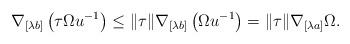
LaTeX: \begin{align*}\nabla_{[\lambda b]}\left ( \tau \Omega u^{-1}\right) \leq \|\tau\| \nabla_{[\lambda b]}\left (\Omega u^{-1}\right) = \|\tau \| \nabla_{[\lambda a]}\Omega.\end{align*}